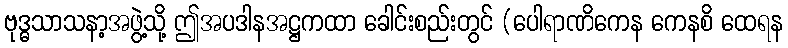
ဗုဒ္ဓသာသနာ့အဖွဲ့သို့ ဤအပဒါနအဋ္ဌကထာ ခေါင်းစည်းတွင် (ပေါရာဏိကေန ကေနစိ ထေရန